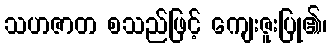
သဟဇာတ စသည်ဖြင့် ကျေးဇူးပြု၏၊